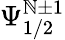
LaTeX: \Psi_{1/2}^{\mathbb{N}\pm1}